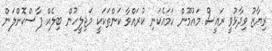
ރިޔާޒު ވިދާޅުވީ ރައީސް މައުމޫން ހަމައެކަނި ކުރައްވާ ކަންތަކަކީ މަޖިލީހުން ބިލެއް ފާސްކޮށްލަން